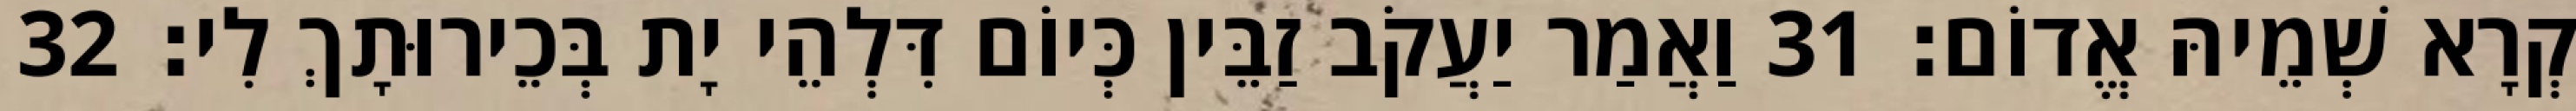
קְרָא שְׁמֵיהּ אֱדוֹם׃ 31 וַאֲמַר יַעֲקֹב זַבֵּין כְּיוֹם דִּלְהֵי יָת בְּכֵירוּתָךְ לִי׃ 32